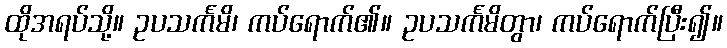
ထိုအရပ်သို့။ ဥပသင်္ကမိ၊ ကပ်ရောက်၏။ ဥပသင်္ကမိတွာ၊ ကပ်ရောက်ပြီး၍။